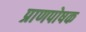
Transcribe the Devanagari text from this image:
प्राणपोषक